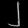
Digit: ၂